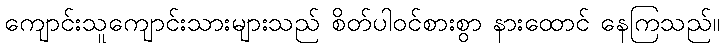
ကျောင်းသူကျောင်းသားများသည် စိတ်ပါဝင်စားစွာ နားထောင် နေကြသည်။